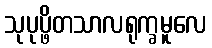
သုပုပ္ဖိတသာလရုက္ခမူလေ